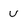
Character: U